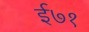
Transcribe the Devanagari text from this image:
ई७१